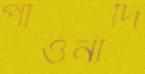
পাওনাদি